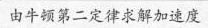
由牛顿第二定律求解加速度